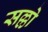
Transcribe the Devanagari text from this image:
सल्लो